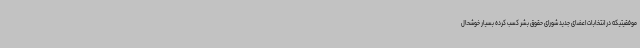
موفقیتیکه در انتخابات اعضای جدید شورای حقوق بشر کسب کرده بسیار خوشحال